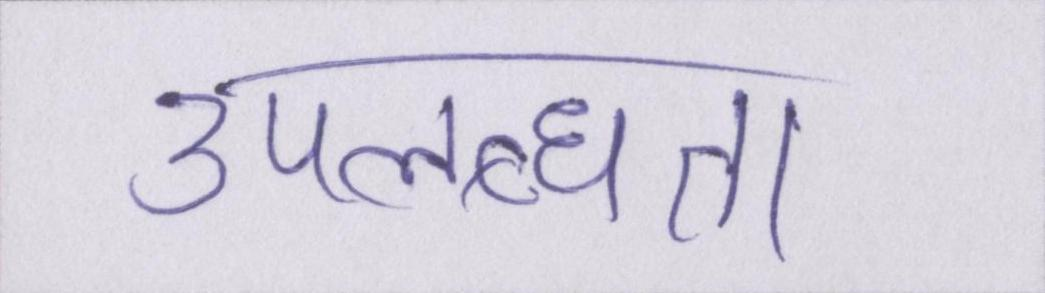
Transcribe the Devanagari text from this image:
उपलब्धता